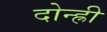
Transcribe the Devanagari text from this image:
दोन्ह्री